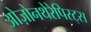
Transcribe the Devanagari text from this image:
ओज़ोनथेरेपिस्ट्स